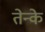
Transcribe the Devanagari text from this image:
तेन्के